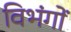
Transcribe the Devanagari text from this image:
विभंगों